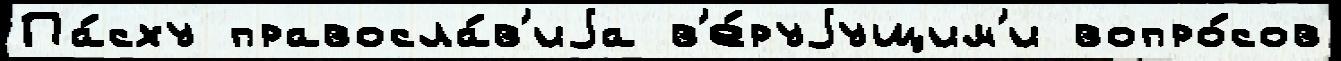
Па́сху правосла́в'иjа в'е́руjущим'и вопро́сов